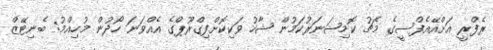
ރެފްރީ އަށްއޭއެފްސީގެ މެޗު ކޮމިޝަނަރުކަމުން ޝާހު ވަކިކޮށްފިގްރޫޕްގެ އެއްވަނަ ހޯދުން މުހިއްމު: ބެނިޓޭޒް